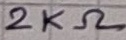
Text: 2KΩ